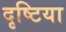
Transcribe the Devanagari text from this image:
दृष्टिया